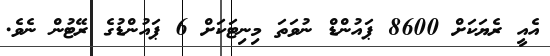
އެއީ ރެޔަކަށް 8600 ޕައުންޑް ނުވަތަ މިނިޓަކަށް 6 ޕައުންޑުގެ ރޭޓުން ނެވެ.